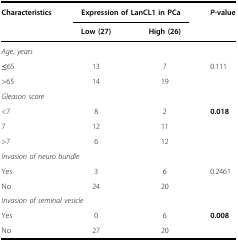
<table><thead><tr><td><b>Characteristics</b></td><td colspan="2"><b>Expression of LanCL1 in PCa</b></td><td><b><i>P</i>-value</b></td></tr><tr><td></td><td><b>Low (27)</b></td><td><b>High (26)</b></td><td></td></tr></thead><tbody><tr><td colspan="4"><i>Age, years</i></td></tr><tr><td>≤65</td><td>13</td><td>7</td><td>0.111</td></tr><tr><td>&gt;65</td><td>14</td><td>19</td><td></td></tr><tr><td colspan="4"><i>Gleason score</i></td></tr><tr><td>&lt;7</td><td>8</td><td>2</td><td><b>0.018</b></td></tr><tr><td>7</td><td>12</td><td>11</td><td></td></tr><tr><td>&gt;7</td><td>6</td><td>12</td><td></td></tr><tr><td colspan="4"><i>Invasion of neuro bundle</i></td></tr><tr><td>Yes</td><td>3</td><td>6</td><td>0.2461</td></tr><tr><td>No</td><td>24</td><td>20</td><td></td></tr><tr><td colspan="4"><i>Invasion of seminal vesicle</i></td></tr><tr><td>Yes</td><td>0</td><td>6</td><td><b>0.008</b></td></tr><tr><td>No</td><td>27</td><td>20</td><td></td></tr></tbody></table>